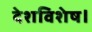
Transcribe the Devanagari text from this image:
देशविशेष।